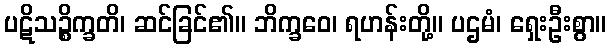
ပဋိသဉ္စိက္ခတိ၊ ဆင်ခြင်၏။ ဘိက္ခဝေ၊ ရဟန်းတို့။ ပဌမံ၊ ရှေးဦးစွာ။